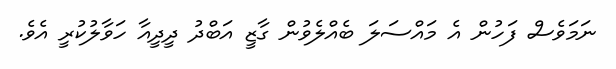
ނަމަވެސް ފަހުން އެ މައްސަލަ ބެއްލެވުން ގާޒީ އަބްދު ދީދީއާ ހަވާލުކުރީ އެވެ.